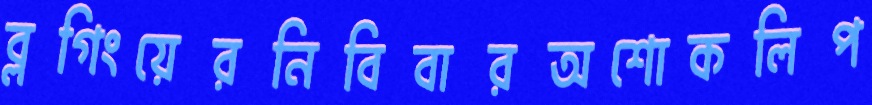
ব্লগিংয়েরনিবিবারঅশোকলিপ